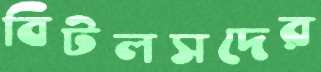
বিটলসদের